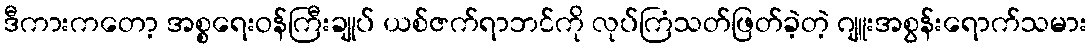
ဒီကားကတော့ အစ္စရေးဝန်ကြီးချုပ် ယစ်ဇက်ရာဘင်ကို လုပ်ကြံသတ်ဖြတ်ခဲ့တဲ့ ဂျူးအစွန်းရောက်သမား